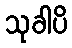
သုခါပိ